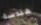
هندسة